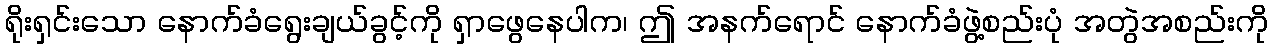
ရိုးရှင်းသော နောက်ခံရွေးချယ်ခွင့်ကို ရှာဖွေနေပါက၊ ဤ အနက်ရောင် နောက်ခံဖွဲ့စည်းပုံ အတွဲအစည်းကို